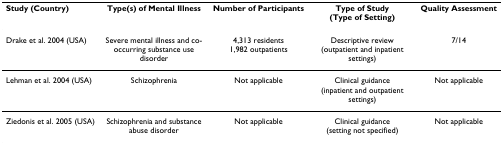
<table><thead><tr><td><b>Study (Country)</b></td><td><b>Type(s) of Mental Illness</b></td><td><b>Number of Participants</b></td><td><b>Type of Study(Type of Setting)</b></td><td><b>Quality Assessment</b></td></tr></thead><tbody><tr><td>Drake et al. 2004 (USA)</td><td>Severe mental illness and co-occurring substance use disorder</td><td>4,313 residents1,982 outpatients</td><td>Descriptive review (outpatient and inpatient settings)</td><td>7/14</td></tr><tr><td>Lehman et al. 2004 (USA)</td><td>Schizophrenia</td><td>Not applicable</td><td>Clinical guidance (inpatient and outpatient settings)</td><td>Not applicable</td></tr><tr><td>Ziedonis et al. 2005 (USA)</td><td>Schizophrenia and substance abuse disorder</td><td>Not applicable</td><td>Clinical guidance (setting not specified)</td><td>Not applicable</td></tr></tbody></table>